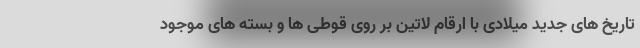
تاریخ های جدید میلادی با ارقام لاتین بر روی قوطی ها و بسته های موجود